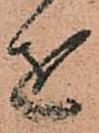
を